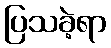
ပြသခဲ့ရာ